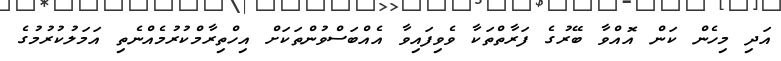
އަދި މިހެން ކަން އޮއްވާ ބޭރުގެ ފަރާތްތަކާ ވެވިފައިވާ އެއްބަސްވުންތަކަށް އިހްތިރާމްކުރުމެއްނެތި އަމަލުކުރުމުގެ